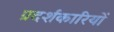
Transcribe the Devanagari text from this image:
प्रदर्शकारियों